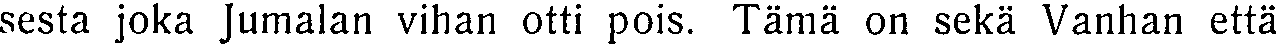
sesta joka Jumalan vihan otti pois. Tämä on sekä Vanhan että